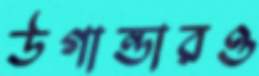
উগান্ডারও